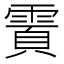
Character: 𬰄